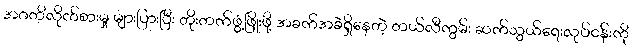
အဂတိလိုက်စားမှု များပြားပြီး တိုးတက်ဖွံ့ဖြိုးဖို့ အခက်အခဲရှိနေတဲ့ တယ်လီကွမ်း ဆက်သွယ်ရေးလုပ်ငန်းကို